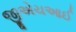
જીએચઆઈ